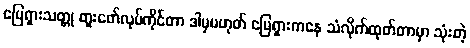
မြေရှားသတ္တု တူးဖော်လုပ်ကိုင်တာ ဒါမှမဟုတ် မြေရှားကနေ သံလိုက်ထုတ်တာမှာ သုံးတဲ့